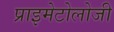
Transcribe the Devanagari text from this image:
प्राइमेटोलोजी